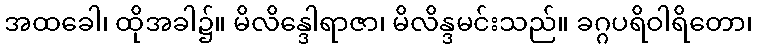
အထခေါ၊ ထိုအခါ၌။ မိလိန္ဒေါရာဇာ၊ မိလိန္ဒမင်းသည်။ ခဂ္ဂပရိဝါရိတော၊